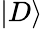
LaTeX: |D\rangle